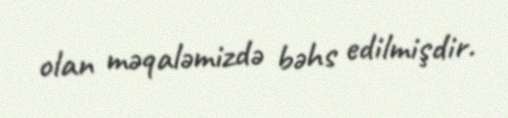
olan məqaləmizdə bəhs edilmişdir.